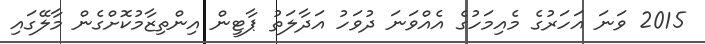
2015 ވަނަ އަހަރުގެ މެއިމަހުގެ އެއްވަނަ ދުވަހު އަދާލަތު ޕާޓީން އިންތިޒާމުކޮށްގެން މާލޭގައި